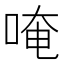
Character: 唵